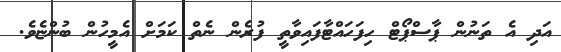
އަދި އެ ތަނުން ޕާސްޕޯޓް ހިފަހައްޓާފައިވާތީ ފުރެން ނެތް ކަމަށް އެމީހުން ބުންޏެވެ.